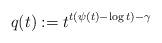
LaTeX: \begin{align*}q(t):=t^{t(\psi(t)-\log t)-\gamma}\end{align*}